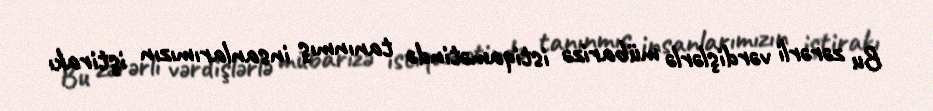
Bu zərərli vərdişlərlə mübarizə istiqamətində tanınmış insanlarımızın iştirakı